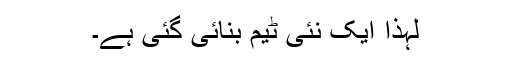
لہذا ایک نئی ٹیم بنائی گئی ہے۔